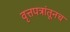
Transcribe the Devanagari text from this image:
वृत्तपत्रांतूनच